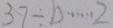
3 7 \div b \cdots 2